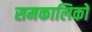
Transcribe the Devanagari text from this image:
समकालिकों